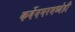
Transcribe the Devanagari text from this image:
कर्वेनगरमध्येही